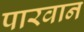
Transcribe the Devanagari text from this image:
पारवान